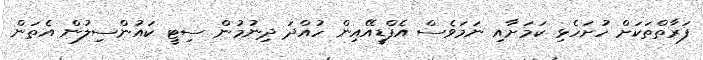
ފަރާތްތަކަށް ހުށަހެޅި ކަމަށާއި ނަމަވެސް އެފްޑީއޭއިން ހުއްދަ ދިނުމުން ސިޓީ ކައުންސިލުން އެތަން